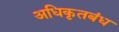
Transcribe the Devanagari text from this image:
अधिकृतबंध